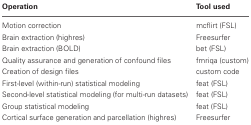
<table><thead><tr><td><b>Operation</b></td><td><b>Tool used</b></td></tr></thead><tbody><tr><td>Motion correction</td><td>mcflirt (FSL)</td></tr><tr><td>Brain extraction (highres)</td><td>Freesurfer</td></tr><tr><td>Brain extraction (BOLD)</td><td>bet (FSL)</td></tr><tr><td>Quality assurance and generation of confound files</td><td>fmriqa (custom)</td></tr><tr><td>Creation of design files</td><td>custom code</td></tr><tr><td>First-level (within-run) statistical modeling</td><td>feat (FSL)</td></tr><tr><td>Second-level statistical modeling (for multi-run datasets)</td><td>feat (FSL)</td></tr><tr><td>Group statistical modeling</td><td>feat (FSL)</td></tr><tr><td>Cortical surface generation and parcellation (highres)</td><td>Freesurfer</td></tr></tbody></table>